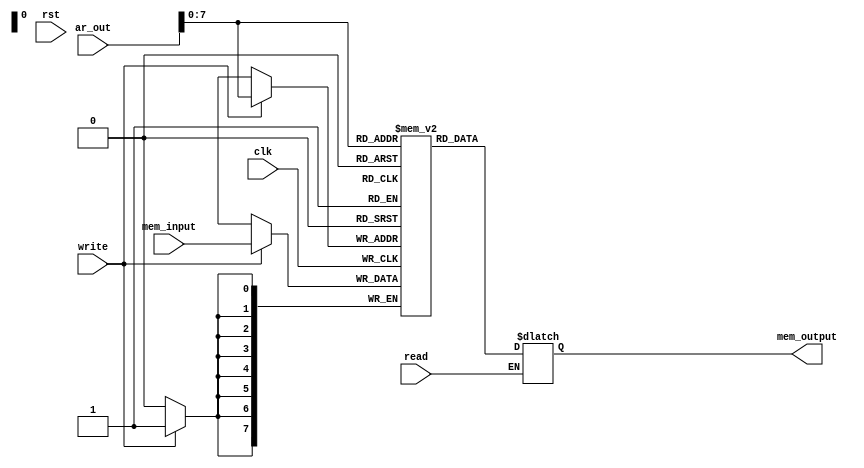
module memory(
	input clk,
	input rst,
	input read,
	input write,
	input [15:0] ar_out,
	input [7:0] mem_input,
	output reg [7:0] mem_output
	);
	

reg [7:0] mem_reg [255:0];

initial begin
	mem_reg[0]=8'b00000001;
	mem_reg[1]=8'b00010000;
	mem_reg[2]=8'b00000000;
	mem_reg[3]=8'b00000001;
	mem_reg[4]=8'b00010001;
	mem_reg[5]=8'b00000001;
	mem_reg[16]=8'b00001111;
	mem_reg[17]=8'b00111111;
end

always @(posedge clk) begin
		if(write) mem_reg[ar_out]<=mem_input;
end

always @(*) begin

	if(read) mem_output<=mem_reg[ar_out];
	
end



endmodule